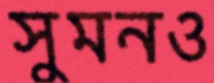
সুমনও